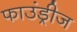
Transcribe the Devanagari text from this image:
फाउंड्रीज